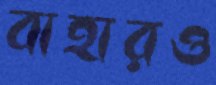
বাহারও